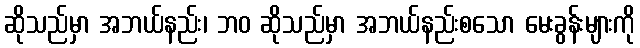
ဆိုသည်မှာ အဘယ်နည်း၊ ဘဝ ဆိုသည်မှာ အဘယ်နည်းစသော မေးခွန်းများကို